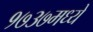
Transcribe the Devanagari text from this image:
१७३७मध्ये